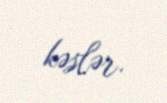
kəslər.